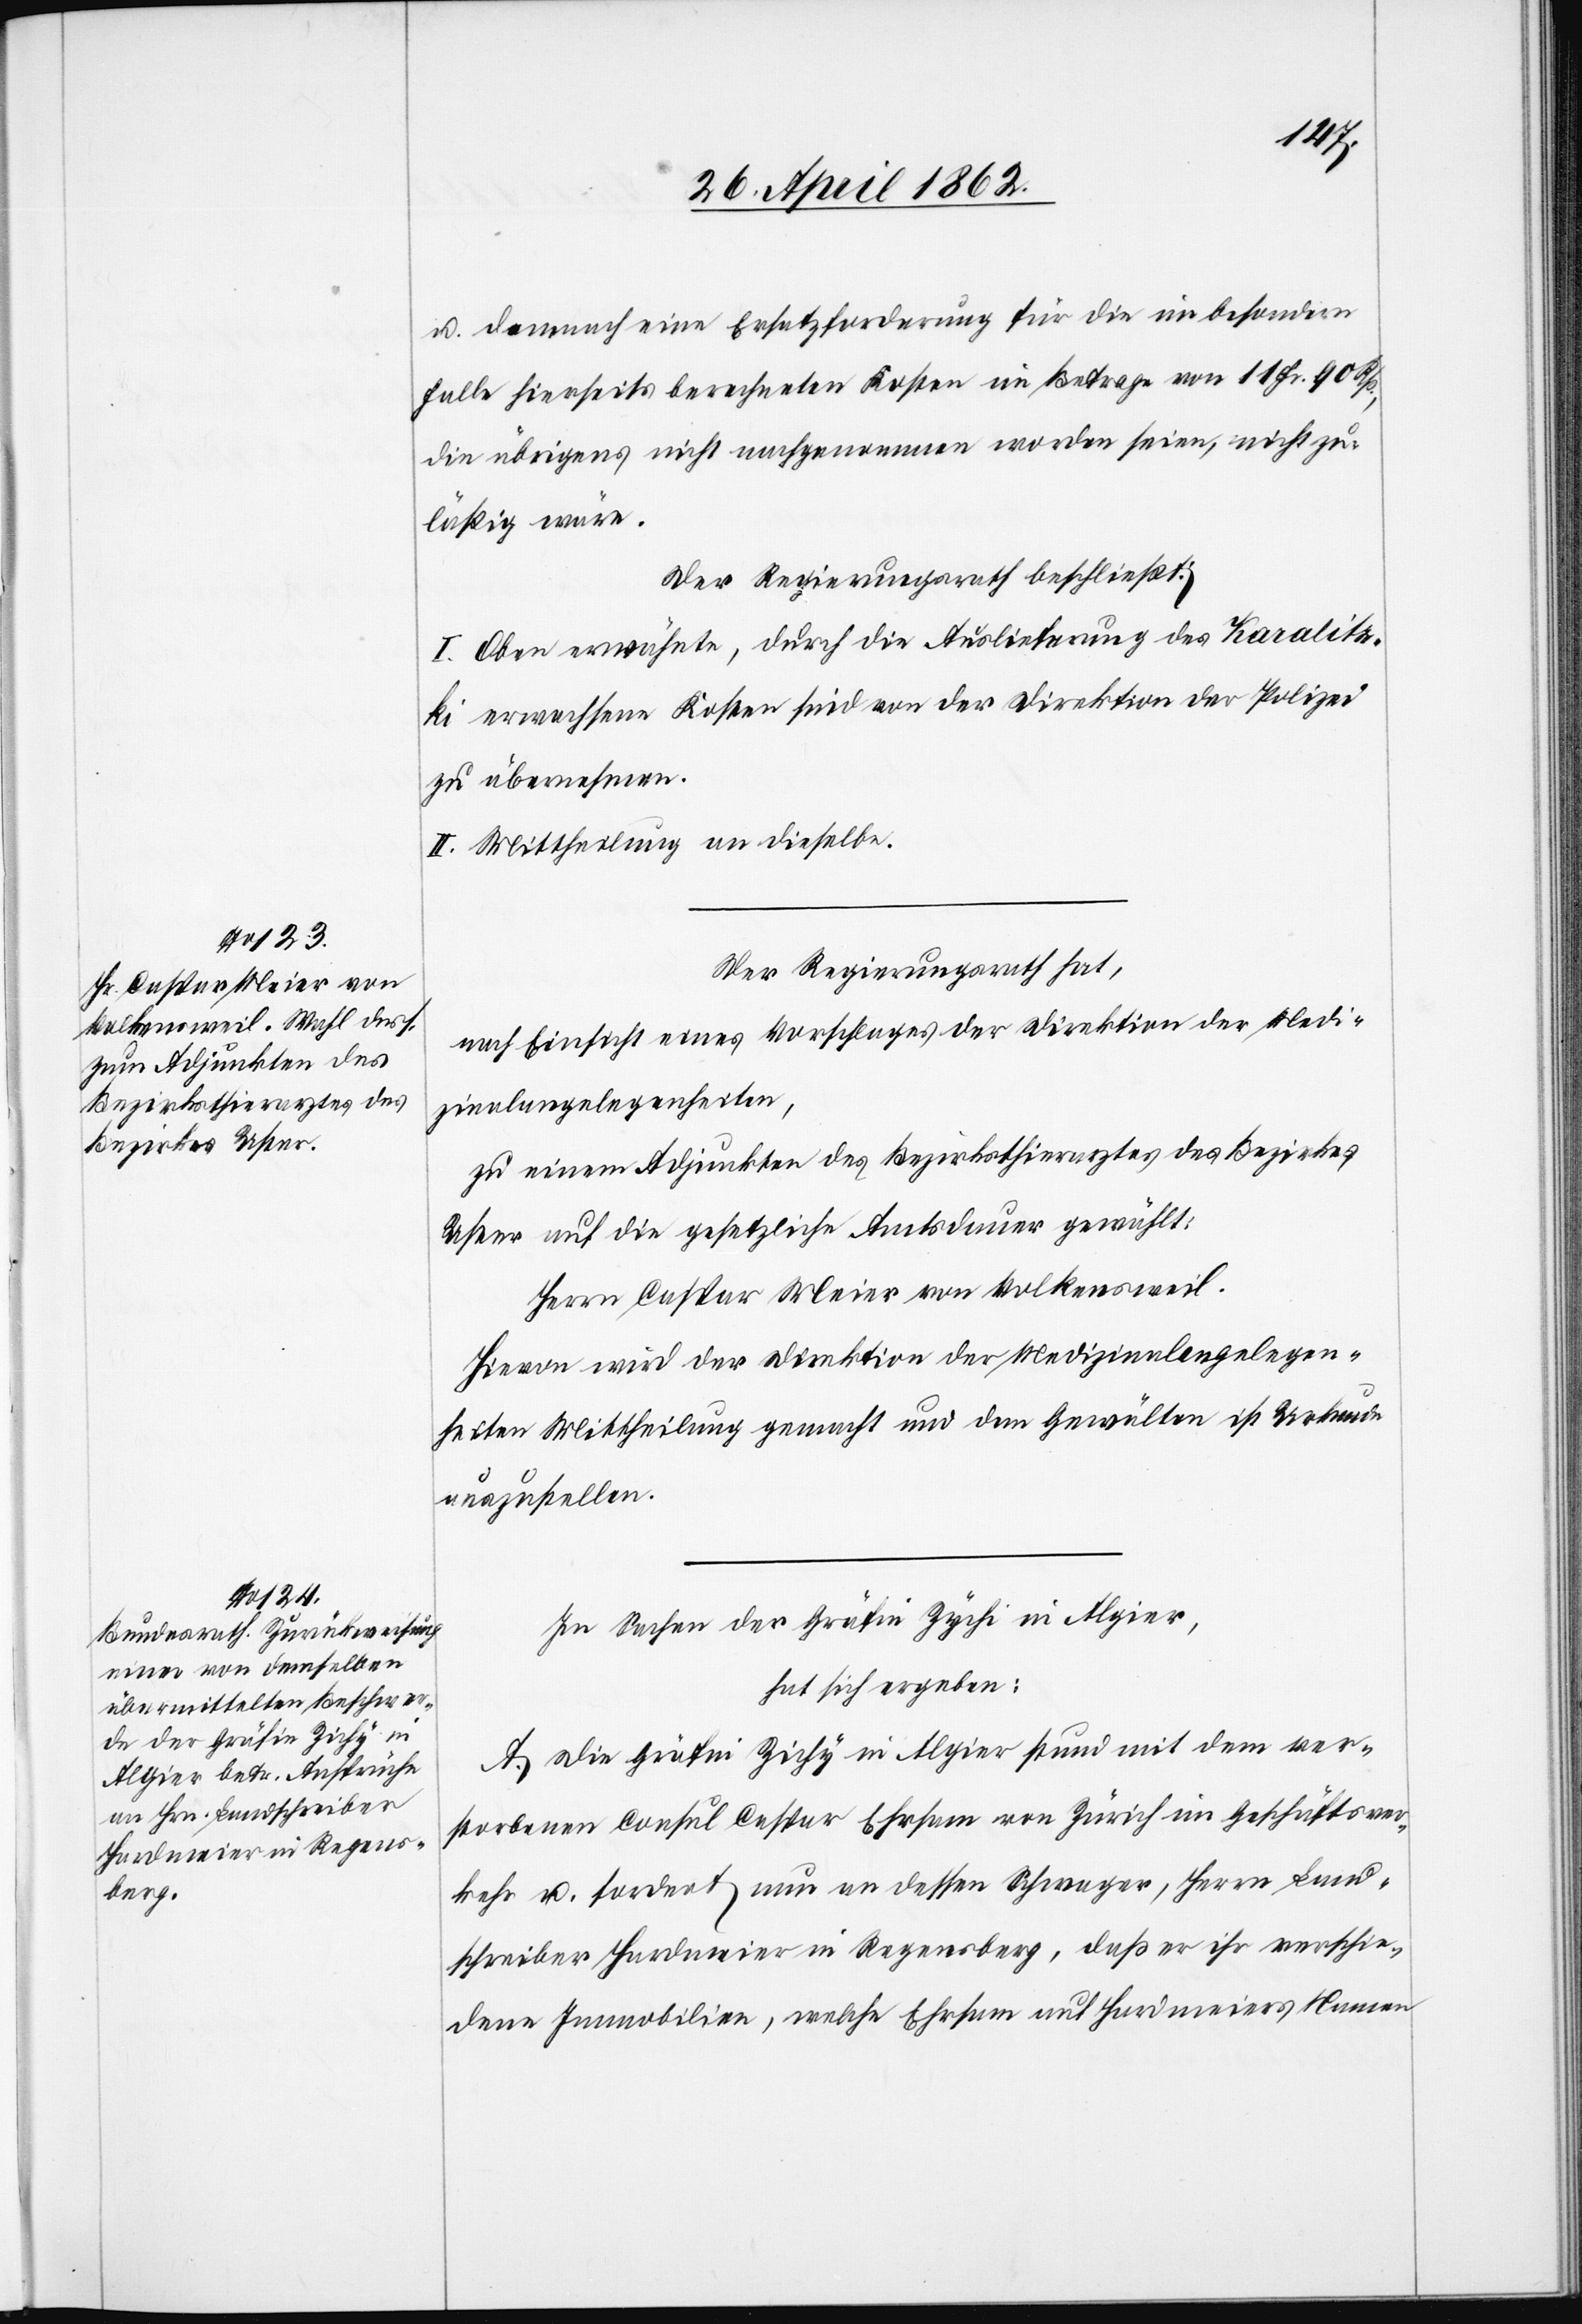
u. demnach eine Ersatzforderung für die im besondern
Falle hierseits berechneten Kosten im Betrage von 11 Fr. 90 Rp.,
die übrigens nicht nachgenommen worden seien, nicht zu¬
läßig wäre.
Der Regierungsrath beschließt:
I. Oben erwähnte, durch die Auslieferung des Karalitz¬
ki erwachsene Kosten sind von der Direktion der Polizei
zu übernehmen.
II. Mittheilung an dieselbe.
Der Regierungsrath hat,
nach Einsicht eines Vorschlages der Direktion der Medi¬
zinalangelegenheiten,
zu einem Adjunkten des Bezirksthierarztes des Bezirkes
Uster auf die gesetzliche Amtsdauer gewählt:
Herrn Caspar Meier von Volkensweil.
Hievon wird der Direktion der Medizinalangelegen¬
heiten Mittheilung gemacht und dem Gewählten ist Urkunde
auszustellen.
In Sachen der Gräfin Zychi in Algier,
hat sich ergeben:
A. Die Gräfin Zichy in Algier stund mit dem ver¬
storbenen Consul Caspar Ehrsam von Zürich im Geschäftsver¬
kehr u. fordert nun an dessen Schwager, Herrn Land¬
schreiber Hardmeier in Regensberg, daß er ihr verschie¬
dene Immobilien, welche Ehrsam auf Hardmeiers Namen